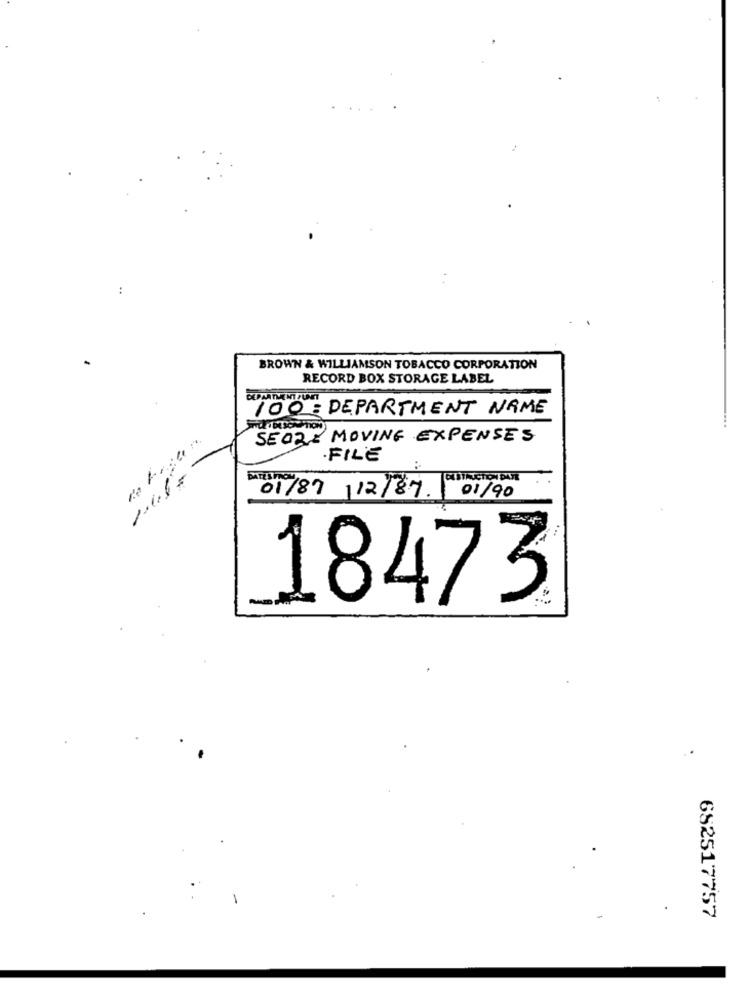
.. .
BROWN & WILLIAMSON TOBACCO CORPORATION
RECORD BOX STORAGE LABEL
100 : DEPARTMENT NAME
SEO2- MOVING EXPENSES
FILE
CUSTAUCTION DATE
01/87
/12/87.
01/90
18473
652517757